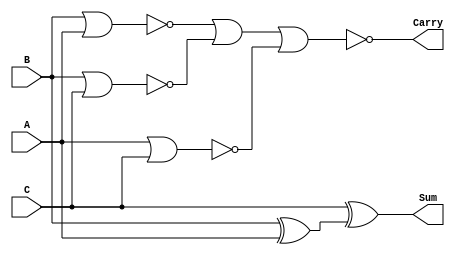
//Hierarchical Verilog

module fadd( A,B,C,Sum,Carry);
 input A,B,C;
 output Sum,Carry;
 wire w1,w2,w3,w4;
 xor xor1(Sum,C,w1);
 xor xor2(w1,B,A);
 nor nor1(Carry,w2,w3,w4);
 nor nor2(w4,A,C);
 nor nor3(w3,B,C);
 nor nor4(w2,B,A);
endmodule